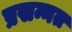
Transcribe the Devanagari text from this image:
प्रसन्नत